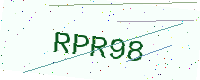
Text: RPR98